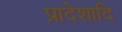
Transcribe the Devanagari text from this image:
प्रादेशादि